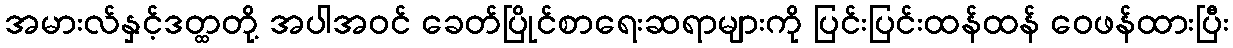
အမားလ်နှင့်ဒတ္ထတို့ အပါအဝင် ခေတ်ပြိုင်စာရေးဆရာများကို ပြင်းပြင်းထန်ထန် ဝေဖန်ထားပြီး